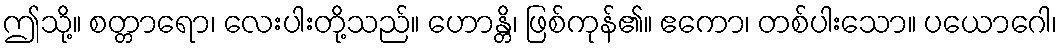
ဤသို့။ စတ္တာရော၊ လေးပါးတို့သည်။ ဟောန္တိ၊ ဖြစ်ကုန်၏။ ဧကော၊ တစ်ပါးသော။ ပယောဂေါ၊